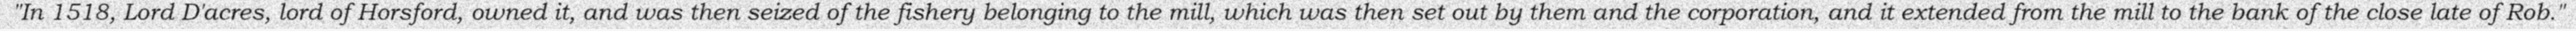
"In 1518, Lord D'acres, lord of Horsford, owned it, and was then seized of the fishery belonging to the mill, which was then set out by them and the corporation, and it extended from the mill to the bank of the close late of Rob."